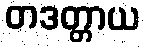
တဒတ္တာယ